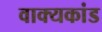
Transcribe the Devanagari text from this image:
वाक्यकांड